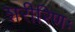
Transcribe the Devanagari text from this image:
शरीरिणः